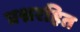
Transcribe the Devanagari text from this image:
प्रश्नरहित